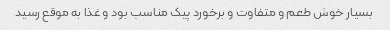
بسیار خوش طعم و متفاوت و برخورد پیک مناسب بود و غذا به موقع رسید